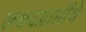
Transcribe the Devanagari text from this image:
लक्ष्यप्राप्तींचे